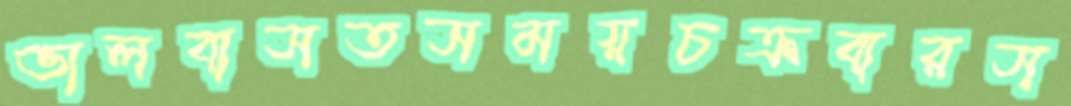
ভালবাসতসময়চক্রবারস